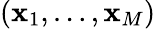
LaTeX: (\mathbf{x}_{1},\ldots,\mathbf{x}_{M})